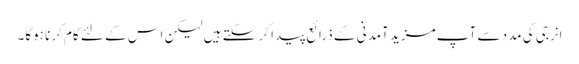
انرجی کی مدد سے آپ مزید آمدنی کے ذرائع پیدا کر سکتے ہیں لیکن اس کے لئے کام کرنا ہوگا۔